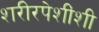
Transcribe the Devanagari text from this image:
शरीरपेशींशी